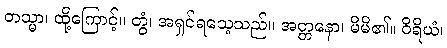
တသ္မာ၊ ထို့ကြောင့်။ တွံ၊ အရှင်ရသေ့သည်။ အတ္တနော၊ မိမိ၏။ ဝိရိယံ၊